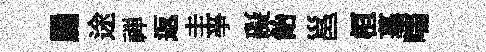
罽途禅返圭亊礙飴邕桓墓嚅